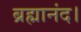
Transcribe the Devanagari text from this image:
ब्रह्मानंद।